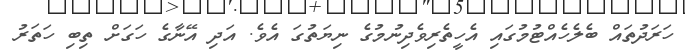
ހަރަދުތައް ބެލެހެއްޓުމުގައި އެހީތެރިވެދިނުމުގެ ނިޔަތުގަ އެވެ. އަދި އޭނާގެ ހަގަށް ތިބި ހަތަރު